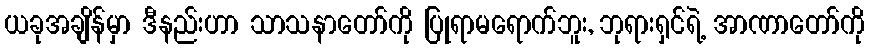
ယခုအချိန်မှာ ဒီနည်းဟာ သာသနာတော်ကို ပြုရာမရောက်ဘူး, ဘုရားရှင်ရဲ့ အာဏာတော်ကို